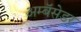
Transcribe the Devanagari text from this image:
अम्बॅसेडर